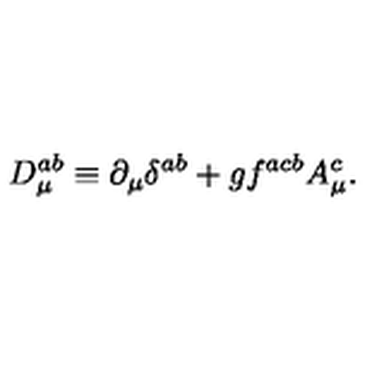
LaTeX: D _ { \mu } ^ { a b } \equiv \partial _ { \mu } \delta ^ { a b } + g f ^ { a c b } A _ { \mu } ^ { c } .